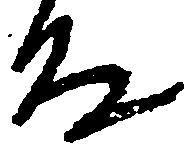
殿